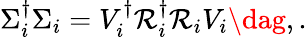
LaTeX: \begin{array}{r}{\Sigma_{i}^{\dagger}\Sigma_{i}=V_{i}^{\dagger}\mathcal{R}_{i}^{\dagger}\mathcal{R}_{i}V_{i}\dag,.}\end{array}